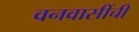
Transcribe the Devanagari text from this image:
वनवासींची